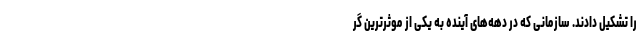
را تشکیل دادند. سازمانی که در دهه‌های آینده به یکی از موثرترین گر